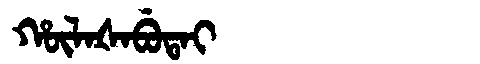
Manchu: ᡥᡡᠯᠠᡧᠠᠪᡠᡨᠠᡳ
Romanization: HŪLAŠABUTAI